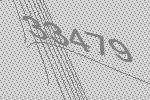
33479